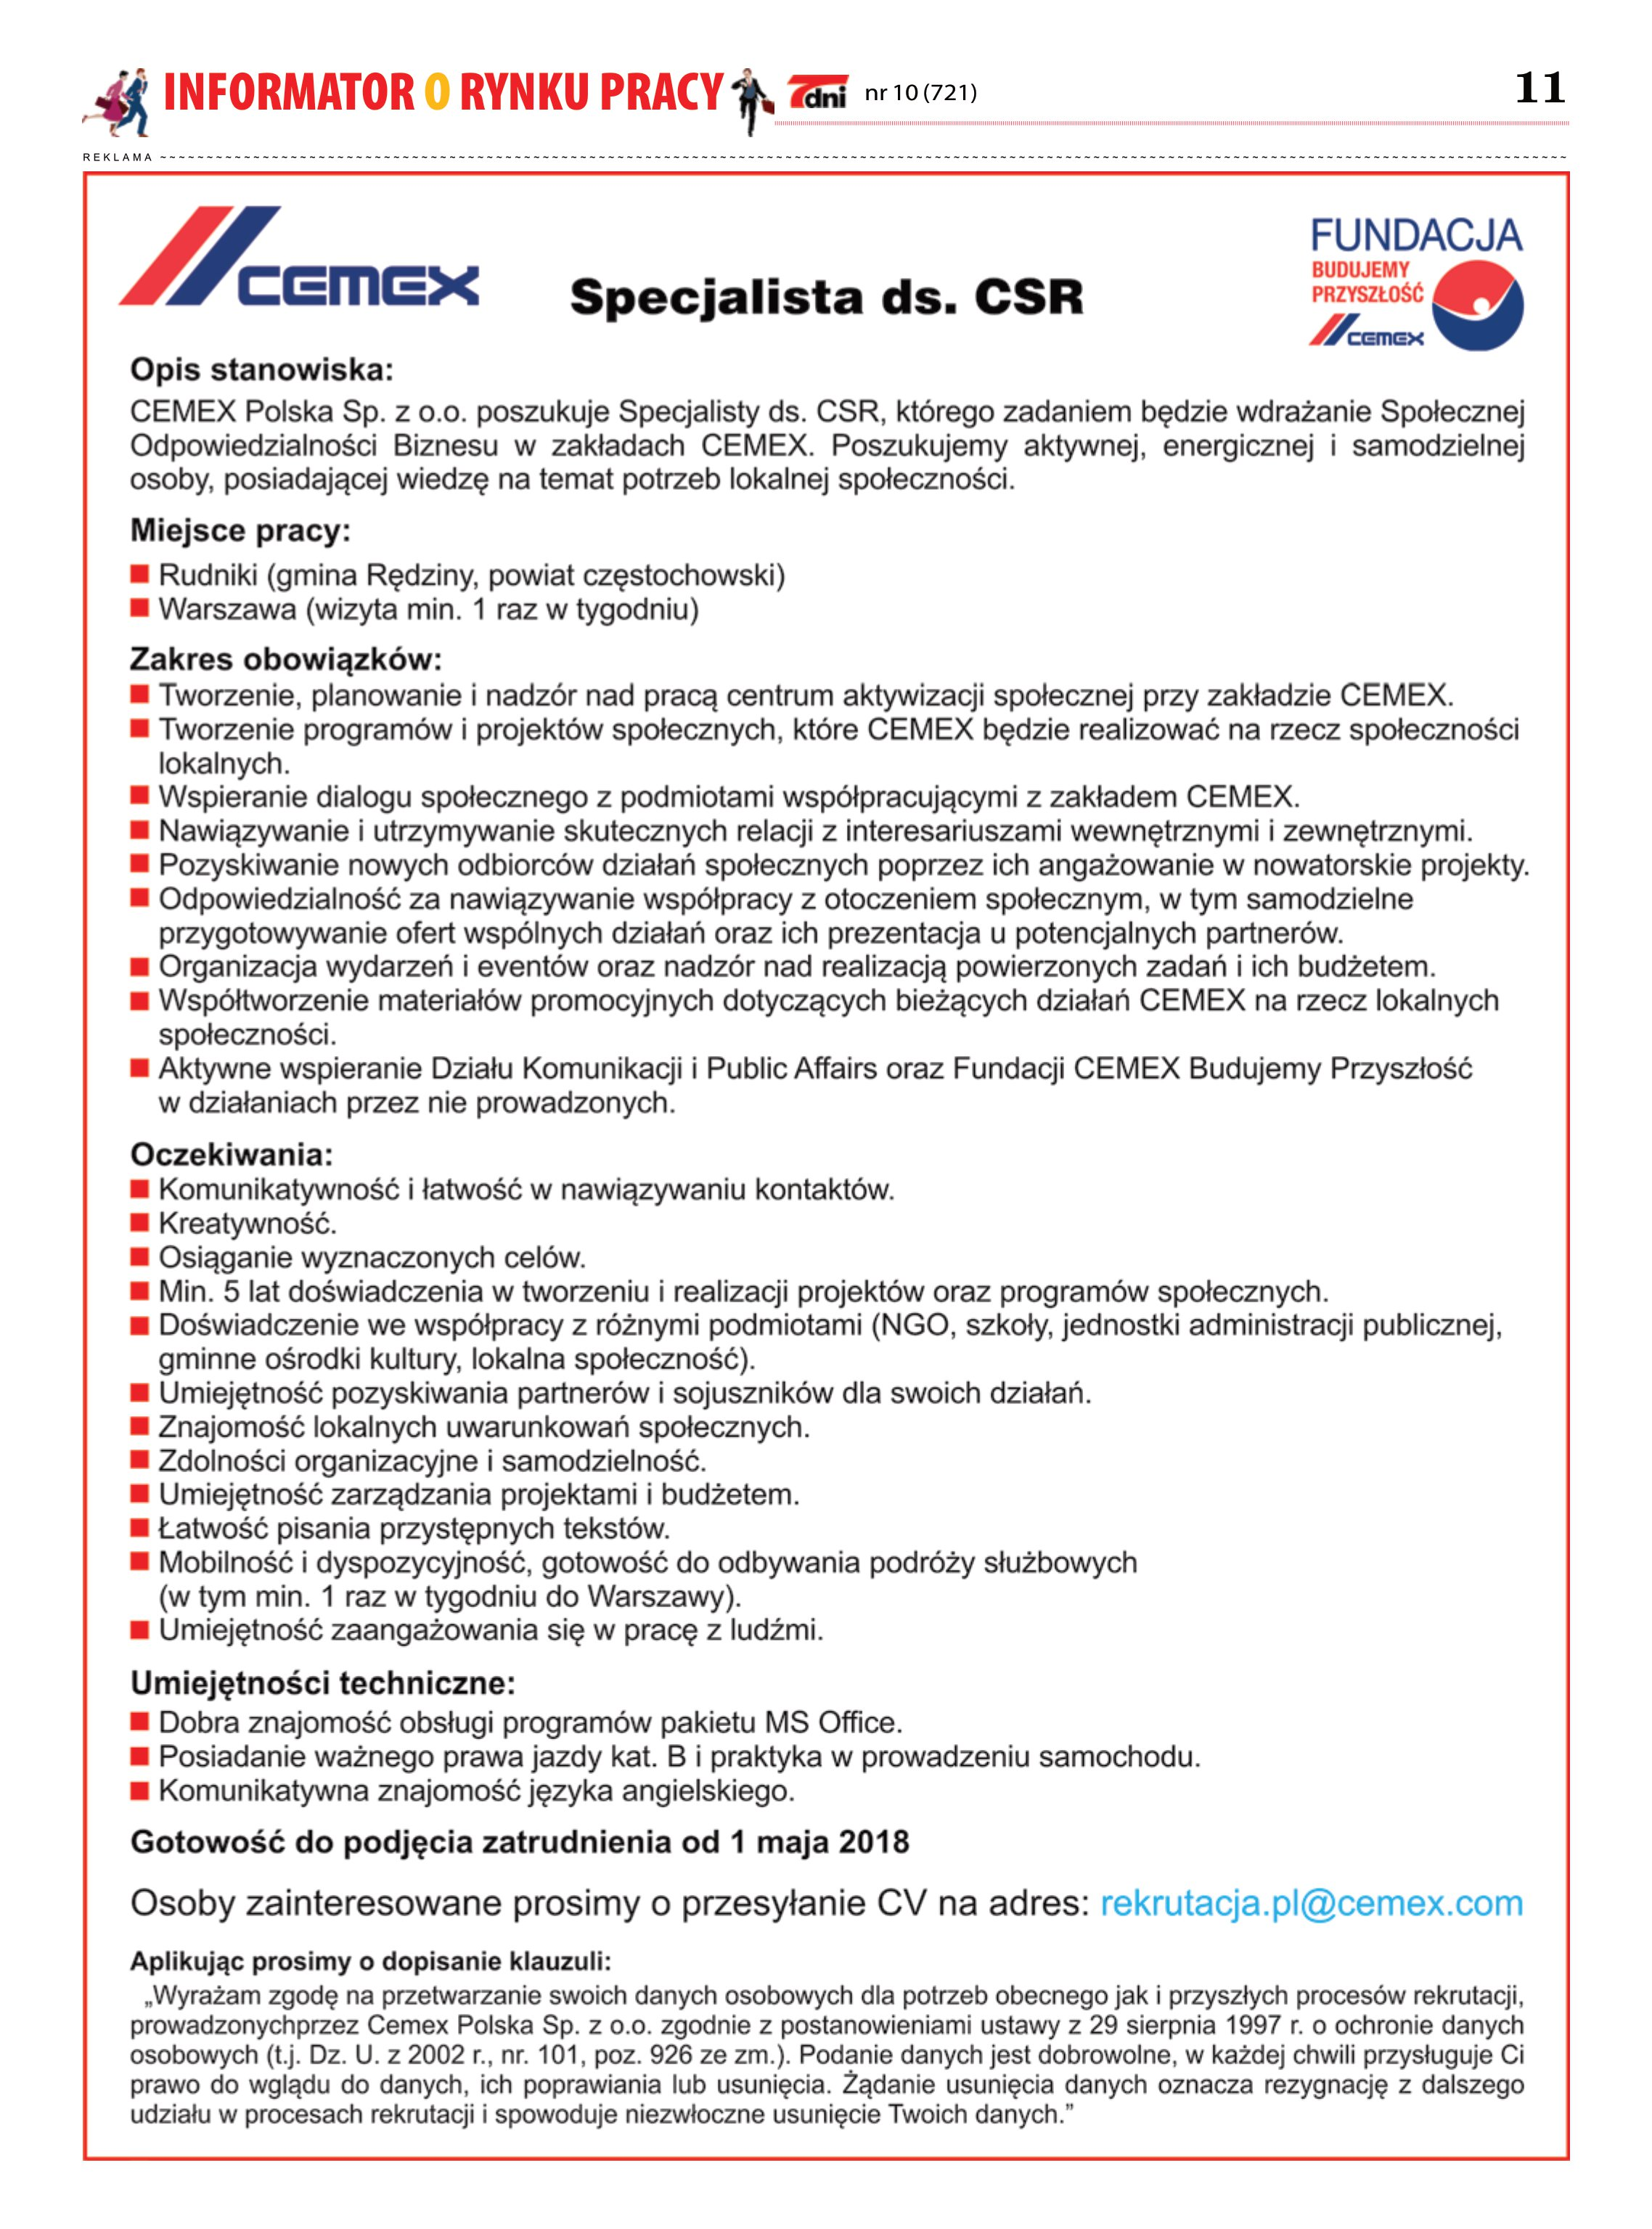
Language: pl